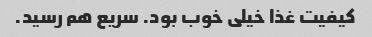
کیفیت غذا خیلی خوب بود. سریع هم رسید.